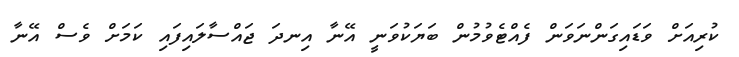
ކުރިއަށް ވަޑައިގަންނަވަން ފެއްޓެވުމުން ބަޔަކުވަނީ އޭނާ އިނދަ ޖައްސާލައިފައި ކަމަށް ވެސް އޭނާ